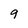
Character: 9